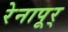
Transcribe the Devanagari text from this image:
रेनापूर्